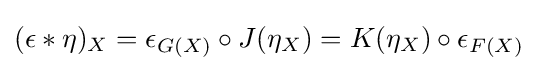
(\epsilon *\eta )_{X}=\epsilon _{G(X)}\circ J(\eta _{X})=K(\eta _{X})\circ \epsilon _{F(X)}